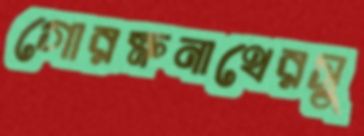
গোরক্ষনাথেরসু